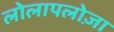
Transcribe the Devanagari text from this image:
लोलापलोज़ा